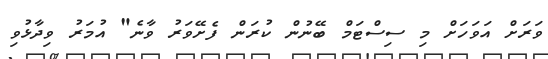
ވަރަށް އަވަހަށް މި ސިސްޓަމް ބޭނުން ކުރަން ފެށޭވަރު ވާނެ" އުމަރު ވިދާޅުވި